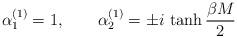
LaTeX: \begin{align*}\alpha_{1}^{(1)} = 1,\quad\quad \alpha_{2}^{(1)} = \pm i\,\tanh{\beta M \over 2}\end{align*}